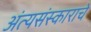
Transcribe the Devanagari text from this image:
अंत्यसंस्काराचे